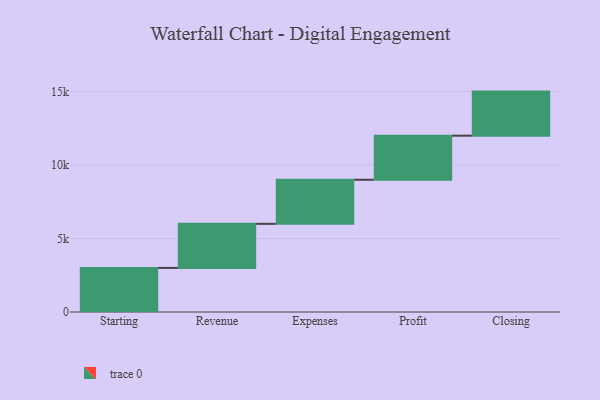
{"axis": {"x": "Step", "y": "Value"}, "legend": [""], "data": [{"x": "Starting", "y": 3000, "type": ""}, {"x": "Revenue", "y": 3000, "type": ""}, {"x": "Expenses", "y": 3000, "type": ""}, {"x": "Profit", "y": 3000, "type": ""}, {"x": "Closing", "y": 3000, "type": ""}]}